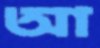
আ